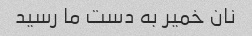
نان خمیر به دست ما رسید